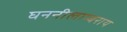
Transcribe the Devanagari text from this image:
घननीलाम्बराय